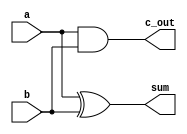
module add_half(
  output c_out,
  output sum,

  input  a,
  input  b
);

  xor U1(sum,a,b);
  and U2(c_out,a,b);

endmodule